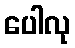
ပေါလု